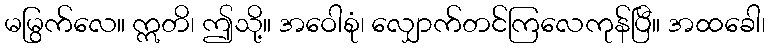
မမြွက်လေ။ ဣတိ၊ ဤသို့။ အဝေါစုံ၊ လျှောက်တင်ကြလေကုန်ပြီ။ အထခေါ၊